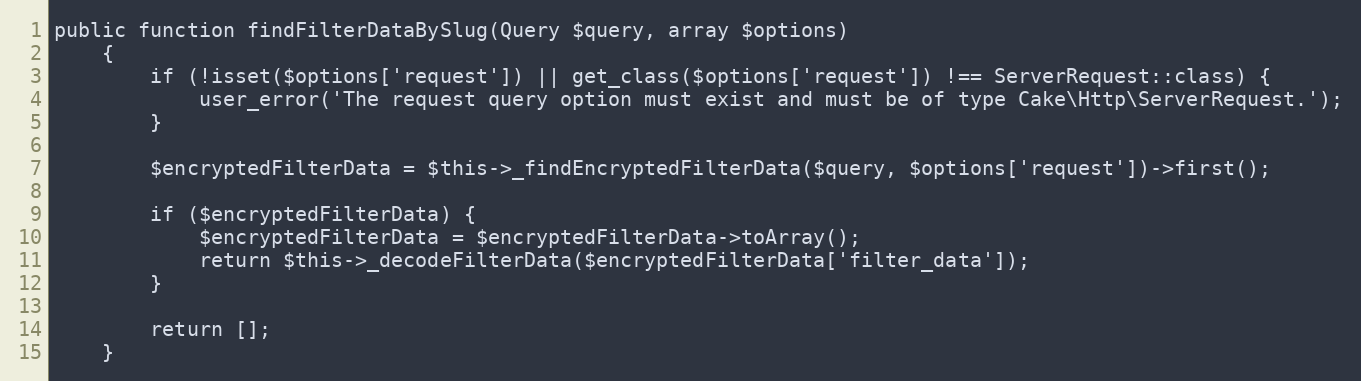
Language: PHP
public function findFilterDataBySlug(Query $query, array $options)
    {
        if (!isset($options['request']) || get_class($options['request']) !== ServerRequest::class) {
            user_error('The request query option must exist and must be of type Cake\Http\ServerRequest.');
        }

        $encryptedFilterData = $this->_findEncryptedFilterData($query, $options['request'])->first();

        if ($encryptedFilterData) {
            $encryptedFilterData = $encryptedFilterData->toArray();
            return $this->_decodeFilterData($encryptedFilterData['filter_data']);
        }

        return [];
    }